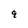
Character: 9